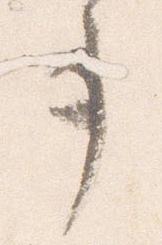
事